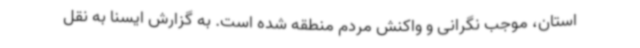
استان، موجب نگرانی و واکنش مردم منطقه شده است. به گزارش ایسنا به نقل